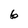
Character: 6